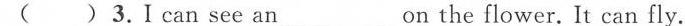
( ) 3.I can see an____ on the flower.It can fly.